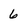
Character: 6